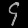
Digit: ၄